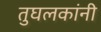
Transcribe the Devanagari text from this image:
तुघलकांनी